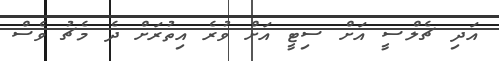
އަދި ޗެލްސީ އަށް ސިޓީ އަށް ވުރެ އިތުރަށް ދެ މެޗު ވެސް